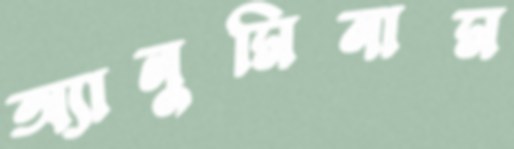
অ্যালুমিনাম